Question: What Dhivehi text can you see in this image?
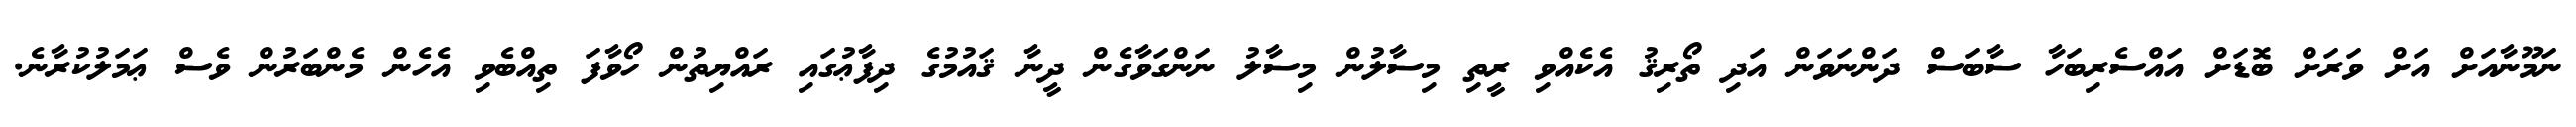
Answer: ނަމޫނާއަށް އަށް ވަރަށް ބޮޑަށް އައްސެރިބަހާ ސާބަސް ދަންނަވަން އަދި ތޯރިޤު އެކެއްވި ރީތި މިސާލުން މިސާލު ނަންގަވާގެން ދީނާ ޤައުމުގެ ދިފާޢުގައި ރައްޔިތުން ހޯވާފަ ތިއްބެވި އެހެން މެންބަރުން ވެސް ޢަމަލުކުރާނެ.